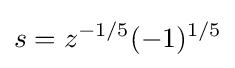
s=z^{-1/5}(-1)^{1/5}